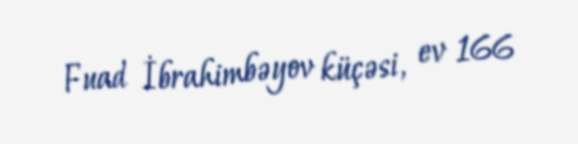
Fuad İbrahimbəyov küçəsi, ev 166